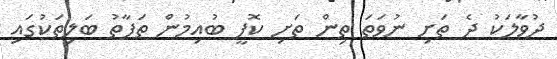
ދުވާލަކު ދެ ތަށި ނުވަތަ ތިން ތަށި ކޮފީ ބުއިމުން ތަފާތު ބަލިތަކުގައި